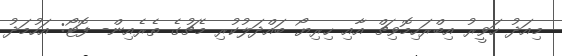
މިއަދު ހަވީރު އިބްރަހިމޮވިޗް އާއި ހިރިޔޯ ބައްދަލުކުރި މެޗުގެ ތެރެއިން- ފޮޓޯ: އަހުމަދު